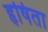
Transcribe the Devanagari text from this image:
हृषिता